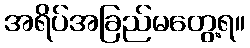
အရိပ်အခြည်မတွေ့ရ။